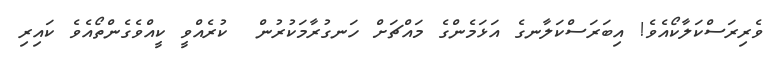
ވެރިރަސްކަލާކޯއެވެ! އިބަރަސްކަލާނގެ އަޅަމެންގެ މައްޗަށް ހަނގުރާމަކުރުން  ކުރެއްވީ ކީއްވެގެންތޯއެވެ ކައިރި